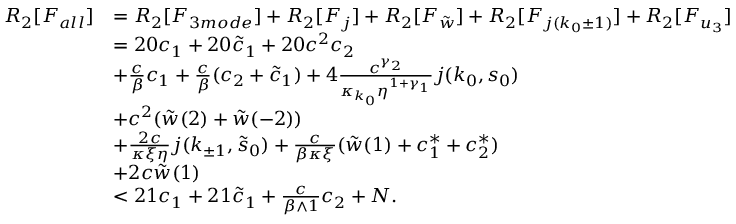
\begin{array} { r l } { R _ { 2 } [ F _ { a l l } ] } & { = R _ { 2 } [ F _ { 3 m o d e } ] + R _ { 2 } [ F _ { j } ] + R _ { 2 } [ F _ { \tilde { w } } ] + R _ { 2 } [ F _ { j ( k _ { 0 } \pm 1 ) } ] + R _ { 2 } [ F _ { u _ { 3 } } ] } \\ & { = 2 0 c _ { 1 } + 2 0 \tilde { c } _ { 1 } + 2 0 c ^ { 2 } c _ { 2 } } \\ & { + \frac c \beta c _ { 1 } + \frac c \beta ( c _ { 2 } + \tilde { c } _ { 1 } ) + 4 \frac { c ^ { \gamma _ { 2 } } } { \kappa _ { k _ { 0 } } \eta ^ { 1 + \gamma _ { 1 } } } j ( k _ { 0 } , s _ { 0 } ) } \\ & { + c ^ { 2 } ( \tilde { w } ( 2 ) + \tilde { w } ( - 2 ) ) } \\ & { + \frac { 2 c } { \kappa \xi \eta } j ( k _ { \pm 1 } , \tilde { s } _ { 0 } ) + \frac c { \beta \kappa \xi } ( \tilde { w } ( 1 ) + c _ { 1 } ^ { \ast } + c _ { 2 } ^ { \ast } ) } \\ & { + 2 c \tilde { w } ( 1 ) } \\ & { < 2 1 c _ { 1 } + 2 1 \tilde { c } _ { 1 } + \frac c { \beta \wedge 1 } c _ { 2 } + N . } \end{array}